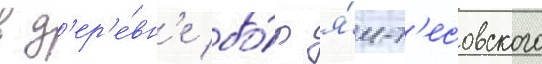
в д'ер'е́вн'е бо́р я́м-т'есовского